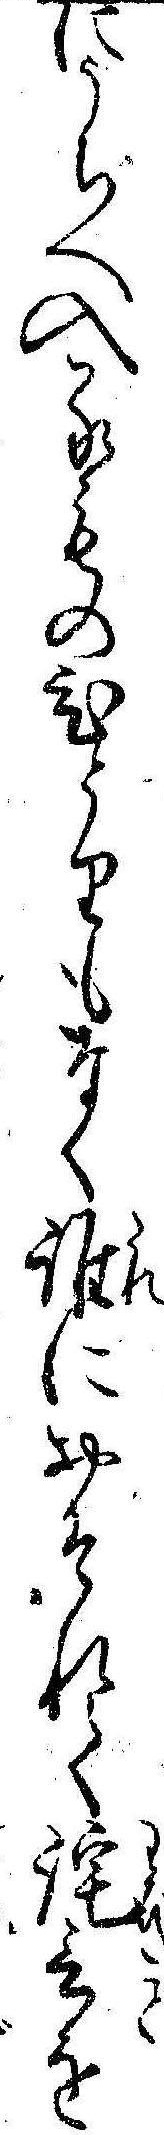
にうちへ入るものひとりもなく誰におそれて詫言を